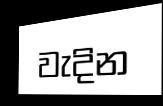
වැදින